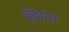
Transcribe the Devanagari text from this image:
वृंदाना